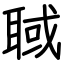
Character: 聝